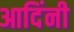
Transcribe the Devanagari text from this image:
आदिंनी